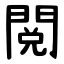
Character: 閲